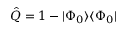
\hat { Q } = 1 - | \Phi _ { 0 } \rangle \langle \Phi _ { 0 } |